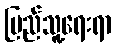
ပြည်သူ့ရေးရာ